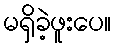
မရှိခဲ့ဖူးပေ။